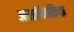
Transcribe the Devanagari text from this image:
असांकेतिक